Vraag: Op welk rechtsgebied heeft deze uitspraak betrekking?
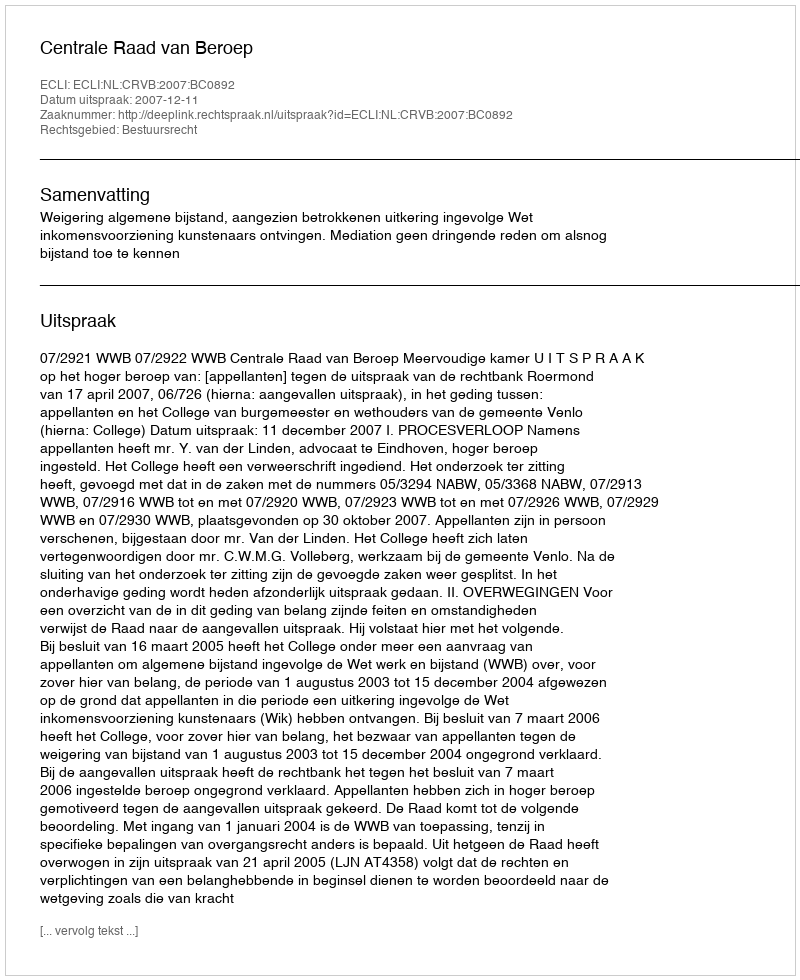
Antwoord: Bestuursrecht